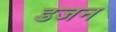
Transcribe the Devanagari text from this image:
डजन